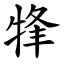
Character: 㸼